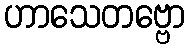
ဟာသေတဗ္ဗော